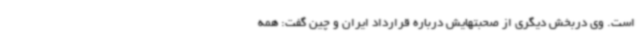
است. وی دربخش دیگری از صحبتهایش درباره قرارداد ایران و چین گفت: همه